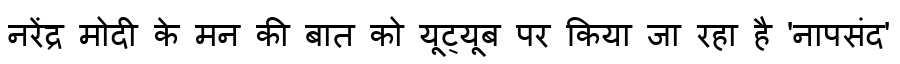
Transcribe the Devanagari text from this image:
नरेंद्र मोदी के मन की बात को यूट्यूब पर किया जा रहा है 'नापसंद'